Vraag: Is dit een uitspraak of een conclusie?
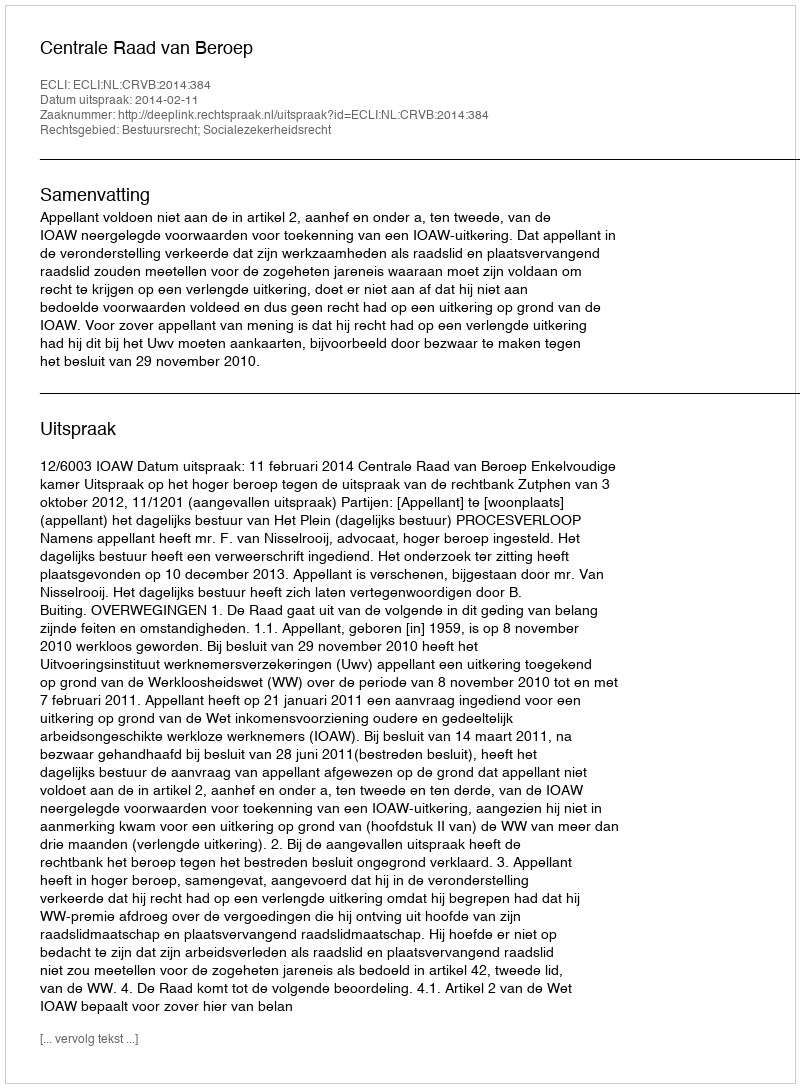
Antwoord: Uitspraak